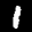
Label: 1